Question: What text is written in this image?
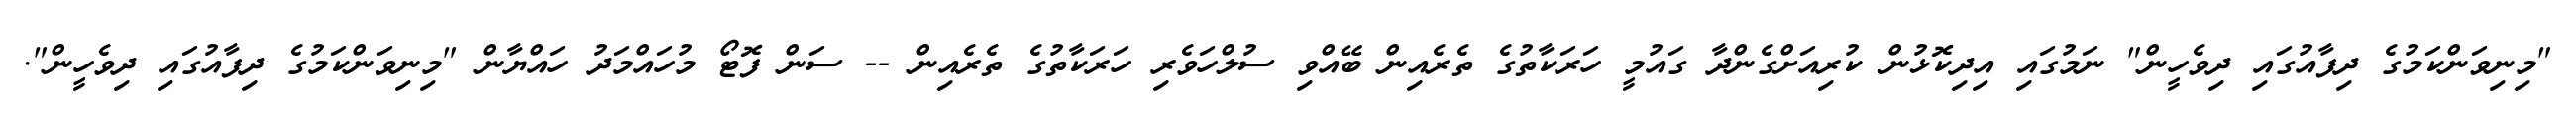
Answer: "މިނިވަންކަމުގެ ދިފާއުގައި ދިވެހީން" ނަމުގައި އިދިކޮޅުން ކުރިއަށްގެންދާ ގައުމީ ހަރަކާތުގެ ތެރެއިން ބޭއްވި ސުލްހަވެރި ހަރަކާތުގެ ތެރެއިން -- ސަން ފޮޓޯ މުހައްމަދު ހައްޔާން "މިނިވަންކަމުގެ ދިފާއުގައި ދިވެހީން".